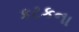
કટકના